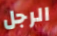
الرجل